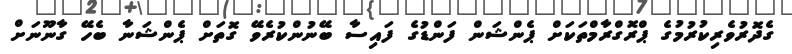
ގެދޮރުވެރިކުރުމުގެ ޕްރޮގްރާމްތަކަށް ޕެންޝަން ފަންޑުގެ ފައިސާ ބޭނުންކުރެވޭ ގޮތަށް ޕެންޝަނާ ބެހޭ ގާނޫނަަށް